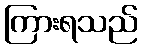
ကြားရသည်